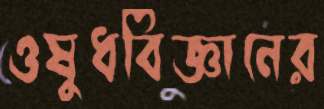
ওষুধবিজ্ঞানের